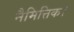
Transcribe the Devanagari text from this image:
नैमित्तिक।